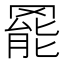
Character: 𮊓